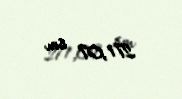
271,07 sm